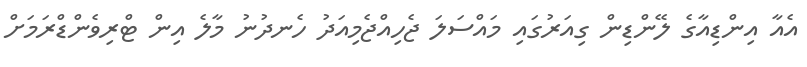
އެއާ އިންޑިއާގެ ލޭންޑިން ގިއަރުގައި މައްސަލަ ޖެހިއްޖެމިއަދު ހެނދުނު މާލެ އިން ޓްރިވެންޑްރަމަށް